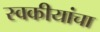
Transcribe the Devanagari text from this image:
स्वकीयांचा